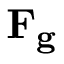
\mathbf { F _ { g } }